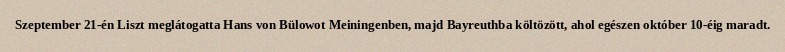
Szeptember 21-én Liszt meglátogatta Hans von Bülowot Meiningenben, majd Bayreuthba költözött, ahol egészen október 10-éig maradt.